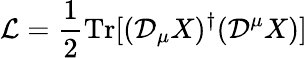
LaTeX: \mathcal{L}=\frac{1}{2}\mathrm{Tr}[(\mathcal{D}_{\mu}X)^{\dagger}(\mathcal{D}^{\mu}X)]